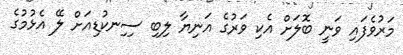
މަރުވެފައި ވަނީ ބޮލަށް އެކި ވަރުގެ އަނިޔާ ލިބި ސިިނކުޑިއަށް ލޭ އެޅުމުގެ